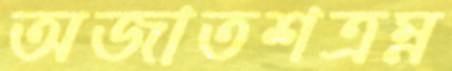
অজাতশত্রম্ন